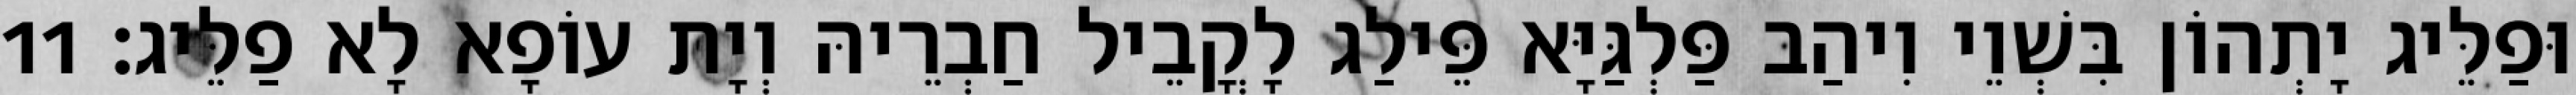
וּפַלֵּיג יָתְהוֹן בִּשְׁוֵי וִיהַב פַּלְגַּיָּא פֵּילַג לָקֳבֵיל חַבְרֵיהּ וְיָת עוֹפָא לָא פַלֵּיג׃ 11